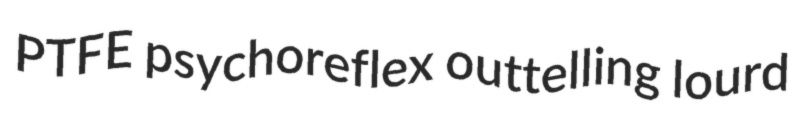
PTFE psychoreflex outtelling lourd